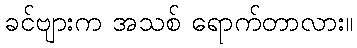
ခင်ဗျားက အသစ် ရောက်တာလား။